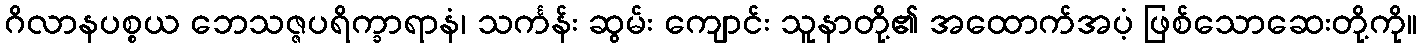
ဂိလာနပစ္စယ ဘေသဇ္ဇပရိက္ခာရာနံ၊ သင်္ကန်း ဆွမ်း ကျောင်း သူနာတို့၏ အထောက်အပံ့ ဖြစ်သောဆေးတို့ကို။